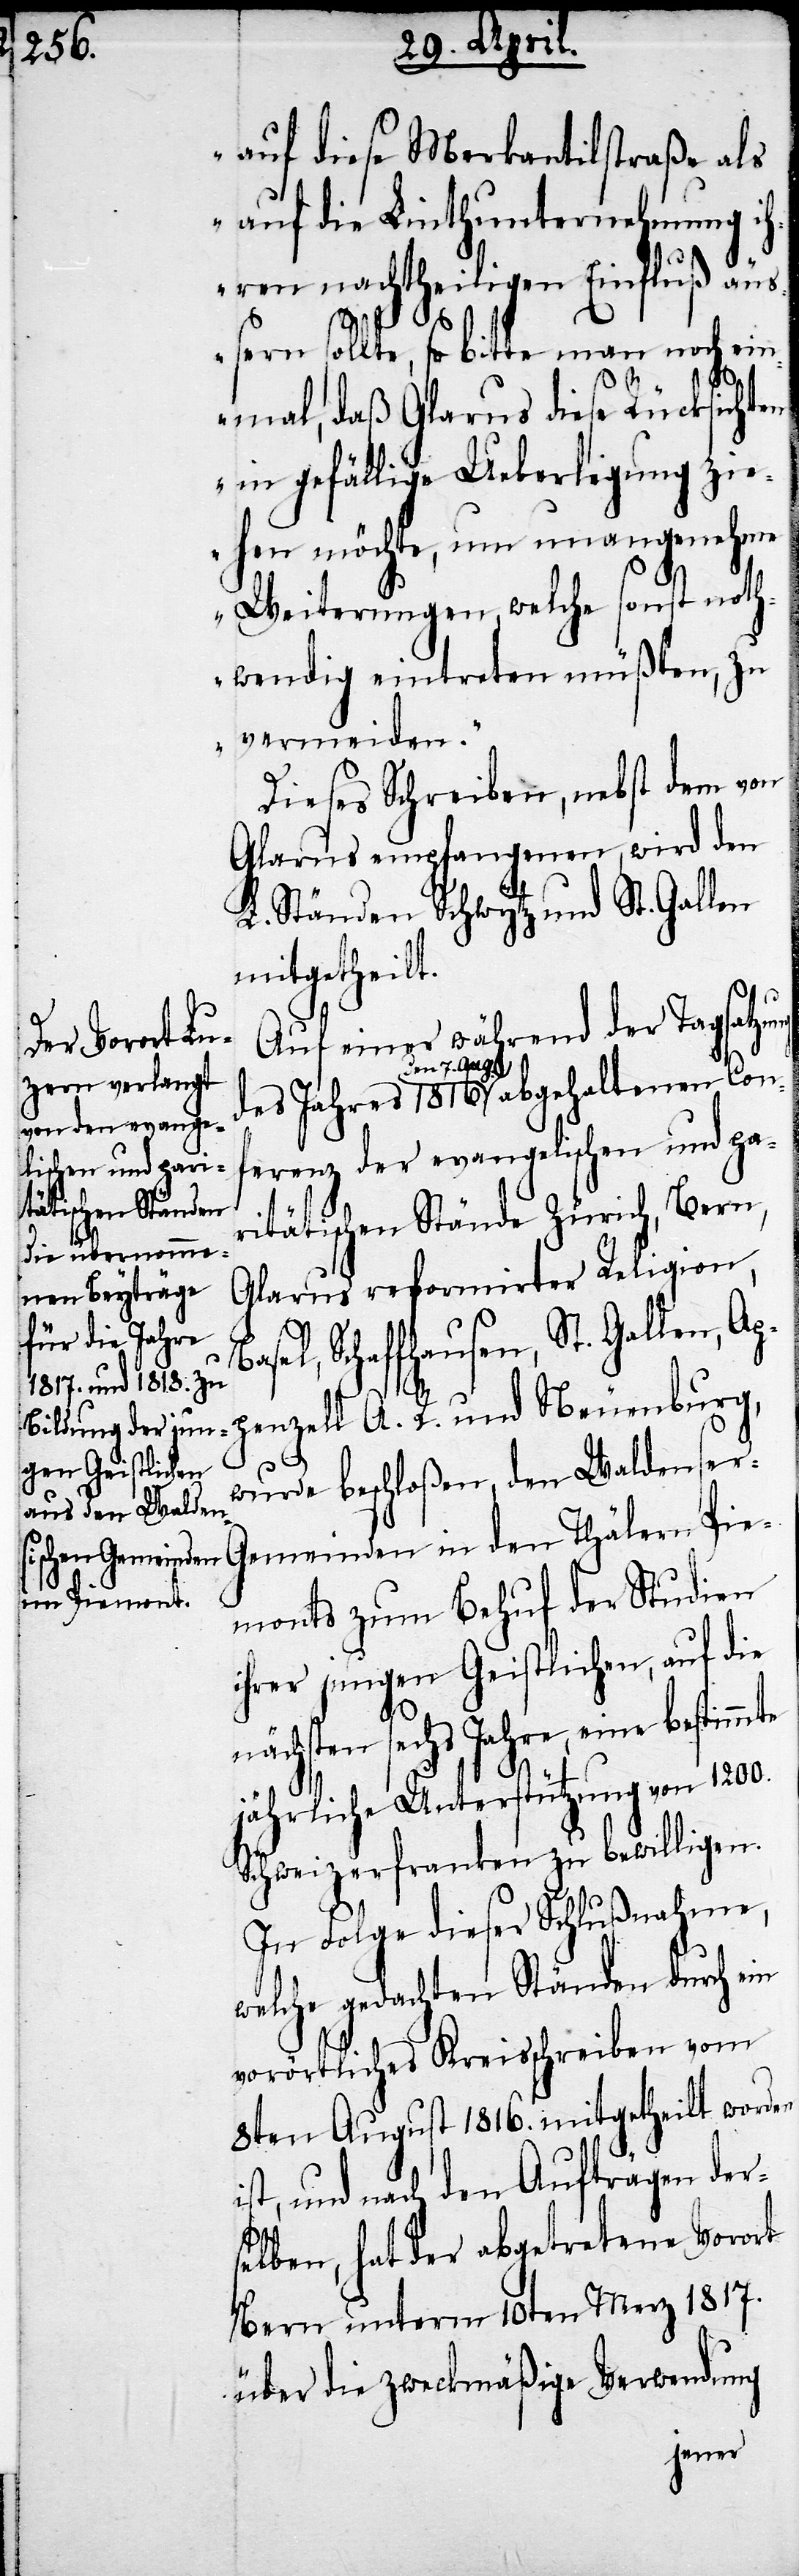
auf diese Merkantilstraße als
auf die Linthunternehmung ih¬
ren nachtheiligen Einfluß äus¬
Ap¬
sern sollte, so bitte man noch ein¬
mal, daß Glarus diese Rücksichten
in gefällige Ueberlegung zi¬
ehen möchte, um unangenehme
Weiterungen, welche sonst noth¬
wendig eintreten müßten, zu
vermeiden.“
Dieses Schreiben, nebst den von
Glarus empfangenen, wird den
L. Ständen Schwytz und St. Gallen
mitgetheilt.
Auf einer während der Tagsatzung
a-den 7. Aug.-a
erenz der evangelischen und pa¬
ritätischen Stände Zürich, Bern,
Glarus reformirter Religion,
el, Schaffhausen, St. Gallen,
penzell A. R. und Neuenburg,
wurde beschloßen, den Waldenser-G¬
emeinden in den Thälern Pie¬
months zum Behuf der Studien
ihrer jungen Geistlichen, auf die
nächsten sechs Jahre, eine
jährliche Unterstützung von
Schweizerfranken zu bewilligen.
In Folge dieser Schlußnahme,
welche gedachten Ständen durch ein
vorörtliches Kreisschreiben vom
8ten August 1816. mitgetheilt worden
ist, und nach den Aufträgen ders¬
elben, hat der abgetretene Vorort
Bern unterm 10ten Merz 1817.
über die zweckmäßige Verwendung